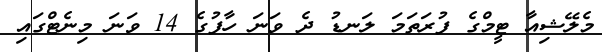
މެލޭޝިއާ ޓީމްގެ ފުރަތަމަ ލަނޑު ދެ ވަނަ ހާފުގެ 14 ވަނަ މިނެޓްގައި